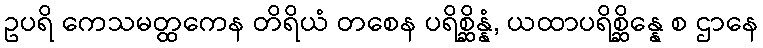
ဥပရိ ကေသမတ္ထကေန တိရိယံ တစေန ပရိစ္ဆိန္နံ, ယထာပရိစ္ဆိန္နေ စ ဌာနေ